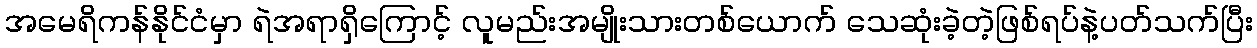
အမေရိကန်နိုင်ငံမှာ ရဲအရာရှိကြောင့် လူမည်းအမျိုးသားတစ်ယောက် သေဆုံးခဲ့တဲ့ဖြစ်ရပ်နဲ့ပတ်သက်ပြီး